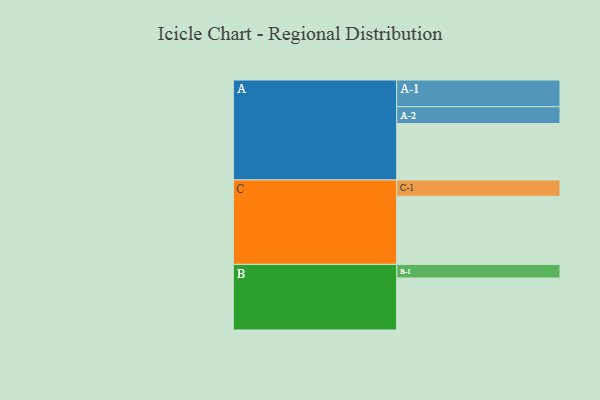
{"axis": {"x": "Segment", "y": "Value"}, "legend": ["", "A", "B", "C"], "data": [{"x": "A", "y": 435, "type": ""}, {"x": "B", "y": 401, "type": ""}, {"x": "C", "y": 525, "type": ""}, {"x": "A-1", "y": 206, "type": "A"}, {"x": "A-2", "y": 130, "type": "A"}, {"x": "B-1", "y": 105, "type": "B"}, {"x": "C-1", "y": 126, "type": "C"}]}